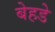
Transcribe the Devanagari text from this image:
बेहडे